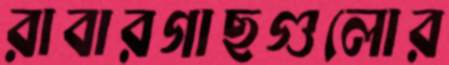
রাবারগাছগুলোর